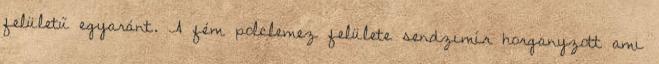
felületű egyaránt. A fém polclemez felülete sendzimír horganyzott ami